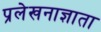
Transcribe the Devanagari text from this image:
प्रलेखनाज्ञाता